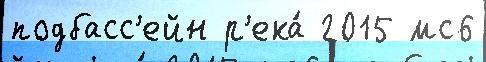
подбасс'ейн р'ека́ 2015 мс6